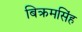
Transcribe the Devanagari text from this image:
बिक्रमसिंह